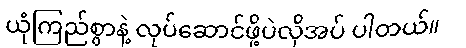
ယုံကြည်စွာနဲ့ လုပ်ဆောင်ဖို့ပဲလိုအပ် ပါတယ်။